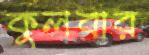
কুলবার